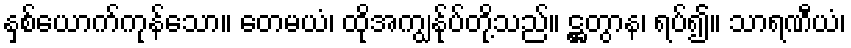
နှစ်ယောက်ကုန်သော။ တေမယံ၊ ထိုအကျွန်ုပ်တို့သည်။ ဋ္ဌတွာန၊ ရပ်၍။ သာရဏီယံ၊